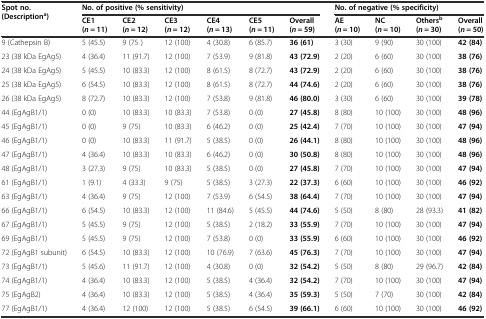
<table><thead><tr><td rowspan="2"><b>Spot no. (Description<sup>a</sup>)</b></td><td colspan="6"><b>No. of positive (% sensitivity)</b></td><td colspan="4"><b>No. of negative (% specificity)</b></td></tr><tr><td><b>CE1 (<i>n</i> = 11)</b></td><td><b>CE2 (<i>n</i> = 12)</b></td><td><b>CE3 (<i>n</i> = 12)</b></td><td><b>CE4 (<i>n</i> = 13)</b></td><td><b>CE5 (<i>n</i> = 11)</b></td><td><b>Overall (<i>n</i> = 59)</b></td><td><b>AE (<i>n</i> = 10)</b></td><td><b>NC (<i>n</i> = 10)</b></td><td><b>Others<sup>b</sup>(<i>n</i> = 30)</b></td><td><b>Overall (<i>n</i> = 50)</b></td></tr></thead><tbody><tr><td>9 (Cathepsin B)</td><td>5 (45.5)</td><td>9 (75 )</td><td>12 (100)</td><td>4 (30.8)</td><td>6 (85.7)</td><td><b>36 (61)</b></td><td>3 (30)</td><td>9 (90)</td><td>30 (100)</td><td><b>42 (84)</b></td></tr><tr><td>23 (38 kDa EgAg5)</td><td>4 (36.4)</td><td>11 (91.7)</td><td>12 (100)</td><td>7 (53.9)</td><td>9 (81.8)</td><td><b>43 (72.9)</b></td><td>2 (20)</td><td>6 (60)</td><td>30 (100)</td><td><b>38 (76)</b></td></tr><tr><td>24 (38 kDa EgAg5)</td><td>5 (45.5)</td><td>10 (83.3)</td><td>12 (100)</td><td>8 (61.5)</td><td>8 (72.7)</td><td><b>43 (72.9)</b></td><td>2 (20)</td><td>6 (60)</td><td>30 (100)</td><td><b>38 (76)</b></td></tr><tr><td>25 (38 kDa EgAg5)</td><td>6 (54.5)</td><td>10 (83.3)</td><td>12 (100)</td><td>8 (61.5)</td><td>8 (72.7)</td><td><b>44 (74.6)</b></td><td>2 (20)</td><td>6 (60)</td><td>30 (100)</td><td><b>38 (76)</b></td></tr><tr><td>26 (38 kDa EgAg5)</td><td>8 (72.7)</td><td>10 (83.3)</td><td>12 (100)</td><td>7 (53.8)</td><td>9 (81.8)</td><td><b>46 (80.0)</b></td><td>3 (30)</td><td>6 (60)</td><td>30 (100)</td><td><b>39 (78)</b></td></tr><tr><td>44 (EgAgB1/1)</td><td>0 (0)</td><td>10 (83.3)</td><td>10 (83.3)</td><td>7 (53.8)</td><td>0 (0)</td><td><b>27 (45.8)</b></td><td>8 (80)</td><td>10 (100)</td><td>30 (100)</td><td><b>48 (96)</b></td></tr><tr><td>45 (EgAgB1/1)</td><td>0 (0)</td><td>9 (75)</td><td>10 (83.3)</td><td>6 (46.2)</td><td>0 (0)</td><td><b>25 (42.4)</b></td><td>7 (70)</td><td>10 (100)</td><td>30 (100)</td><td><b>47 (94)</b></td></tr><tr><td>46 (EgAgB1/1)</td><td>0 (0)</td><td>10 (83.3)</td><td>11 (91.7)</td><td>5 (38.5)</td><td>0 (0)</td><td><b>26 (44.1)</b></td><td>8 (80)</td><td>10 (100)</td><td>30 (100)</td><td><b>48 (96)</b></td></tr><tr><td>47 (EgAgB1/1)</td><td>4 (36.4)</td><td>10 (83.3)</td><td>10 (83.3)</td><td>6 (46.2)</td><td>0 (0)</td><td><b>30 (50.8)</b></td><td>8 (80)</td><td>10 (100)</td><td>30 (100)</td><td><b>48 (96)</b></td></tr><tr><td>48 (EgAgB1/1)</td><td>3 (27.3)</td><td>9 (75)</td><td>10 (83.3)</td><td>5 (38.5)</td><td>0 (0)</td><td><b>27 (45.8)</b></td><td>7 (70)</td><td>10 (100)</td><td>30 (100)</td><td><b>47 (94)</b></td></tr><tr><td>61 (EgAgB1/1)</td><td>1 (9.1)</td><td>4 (33.3)</td><td>9 (75)</td><td>5 (38.5)</td><td>3 (27.3)</td><td><b>22 (37.3)</b></td><td>6 (60)</td><td>10 (100)</td><td>30 (100)</td><td><b>46 (92)</b></td></tr><tr><td>63 (EgAgB1/1)</td><td>4 (36.4)</td><td>9 (75)</td><td>12 (100)</td><td>7 (53.9)</td><td>6 (54.5)</td><td><b>38 (64.4)</b></td><td>7 (70)</td><td>10 (100)</td><td>30 (100)</td><td><b>47 (94)</b></td></tr><tr><td>66 (EgAgB1/1)</td><td>6 (54.5)</td><td>10 (83.3)</td><td>12 (100)</td><td>11 (84.6)</td><td>5 (45.5)</td><td><b>44 (74.6)</b></td><td>5 (50)</td><td>8 (80)</td><td>28 (93.3)</td><td><b>41 (82)</b></td></tr><tr><td>67 (EgAgB1/1)</td><td>5 (45.5)</td><td>9 (75)</td><td>12 (100)</td><td>5 (38.5)</td><td>2 (18.2)</td><td><b>33 (55.9)</b></td><td>7 (70)</td><td>10 (100)</td><td>30 (100)</td><td><b>47 (94)</b></td></tr><tr><td>69 (EgAgB1/1)</td><td>5 (45.5)</td><td>9 (75)</td><td>12 (100)</td><td>7 (53.8)</td><td>0 (0)</td><td><b>33 (55.9)</b></td><td>6 (60)</td><td>10 (100)</td><td>30 (100)</td><td><b>46 (92)</b></td></tr><tr><td>72 (EgAgB1 subunit)</td><td>6 (54.5)</td><td>10 (83.3)</td><td>12 (100)</td><td>10 (76.9)</td><td>7 (63.6)</td><td><b>45 (76.3)</b></td><td>7 (70)</td><td>10 (100)</td><td>30 (100)</td><td><b>47 (94)</b></td></tr><tr><td>73 (EgAgB1/1)</td><td>5 (45.6)</td><td>11 (91.7)</td><td>12 (100)</td><td>4 (30.8)</td><td>0 (0)</td><td><b>32 (54.2)</b></td><td>5 (50)</td><td>8 (80)</td><td>29 (96.7)</td><td><b>42 (84)</b></td></tr><tr><td>74 (EgAgB1/1)</td><td>4 (36.4)</td><td>10 (83.3)</td><td>12 (100)</td><td>5 (38.5)</td><td>4 (36.4)</td><td><b>32 (54.2)</b></td><td>7 (70)</td><td>10 (100)</td><td>30 (100)</td><td><b>47 (94)</b></td></tr><tr><td>75 (EgAgB2)</td><td>4 (36.4)</td><td>10 (83.3)</td><td>12 (100)</td><td>5 (38.5)</td><td>4 (36.4)</td><td><b>35 (59.3)</b></td><td>5 (50)</td><td>7 (70)</td><td>30 (100)</td><td><b>42 (84)</b></td></tr><tr><td>77 (EgAgB1/1)</td><td>4 (36.4)</td><td>12 (100)</td><td>12 (100)</td><td>5 (38.5)</td><td>6 (54.5)</td><td><b>39 (66.1)</b></td><td>6 (60)</td><td>10 (100)</td><td>30 (100)</td><td><b>46 (92)</b></td></tr></tbody></table>